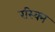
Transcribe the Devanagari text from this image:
रस्क्नि